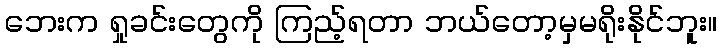
ဘေးက ရှုခင်းတွေကို ကြည့်ရတာ ဘယ်တော့မှမရိုးနိုင်ဘူး။